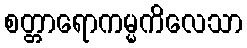
စတ္တာရောကမ္မကိလေသာ